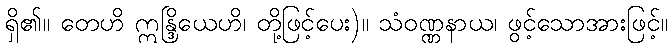
ရှိ၏။ တေဟိ ဣန္ဒြိယေဟိ၊ တို့ဖြင့်ပေး)။ သံဝဏ္ဏနာယ၊ ဖွင့်သောအားဖြင့်။